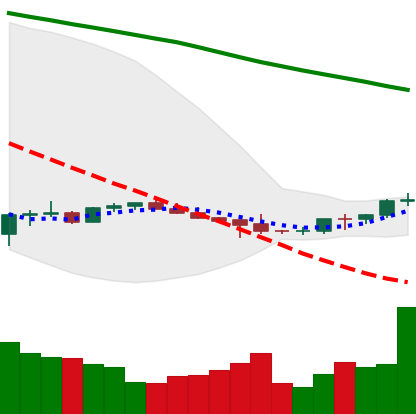
Ticker: BTC-USD
Chart end date: 2022-07-08
Forward return: -6.99%
Label: down_5_7